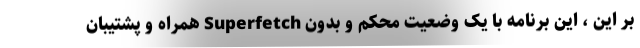
بر این ، این برنامه با یک وضعیت محکم و بدون Superfetch همراه و پشتیبان